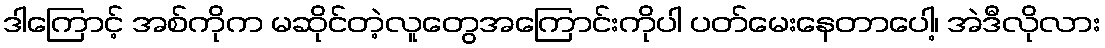
ဒါကြောင့် အစ်ကိုက မဆိုင်တဲ့လူတွေအကြောင်းကိုပါ ပတ်မေးနေတာပေါ့၊ အဲဒီလိုလား